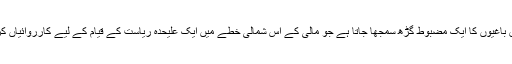
کیدال ان طوارق باغیوں کا ایک مضبوط گڑھ سمجھا جاتا ہے جو مالی کے اس شمالی خطے میں ایک علیحدہ ریاست کے قیام کے لیے کارروائیاں کرتے آرہے ہیں۔